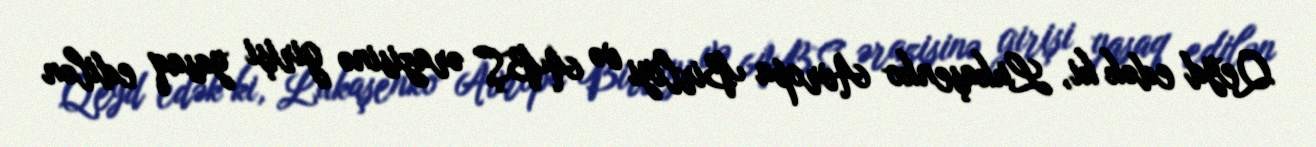
Qeyd edək ki, Lukaşenko Avropa Birliyi və ABŞ ərazisinə girişi yasaq edilən